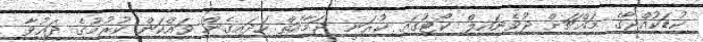
ކުޑަކުއްޖާގެ މައްޗަށް ޖުވެނައިލް ކޯޓުގައި ކުރަނީ ޖަމާއަތް ހަދައިގެން ވައްކަން ކުރުމުގެ ދައުވާ